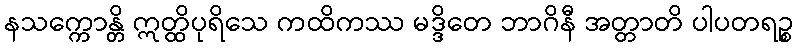
နသက္ကောန္တိ ဣတ္ထိပုရိသေ ကထိကဿ မဒ္ဒိတေ ဘာဂိနီ အတ္တာတိ ပါပတရဉ္စ